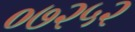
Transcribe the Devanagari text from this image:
०७२५२